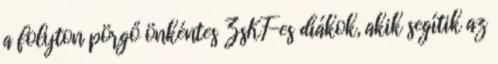
a folyton pörgő önkéntes ZsKF-es diákok, akik segítik az